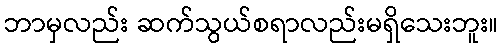
ဘာမှလည်း ဆက်သွယ်စရာလည်းမရှိသေးဘူး။